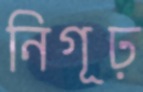
নিগূঢ়